Kambja_algkool, lk 112
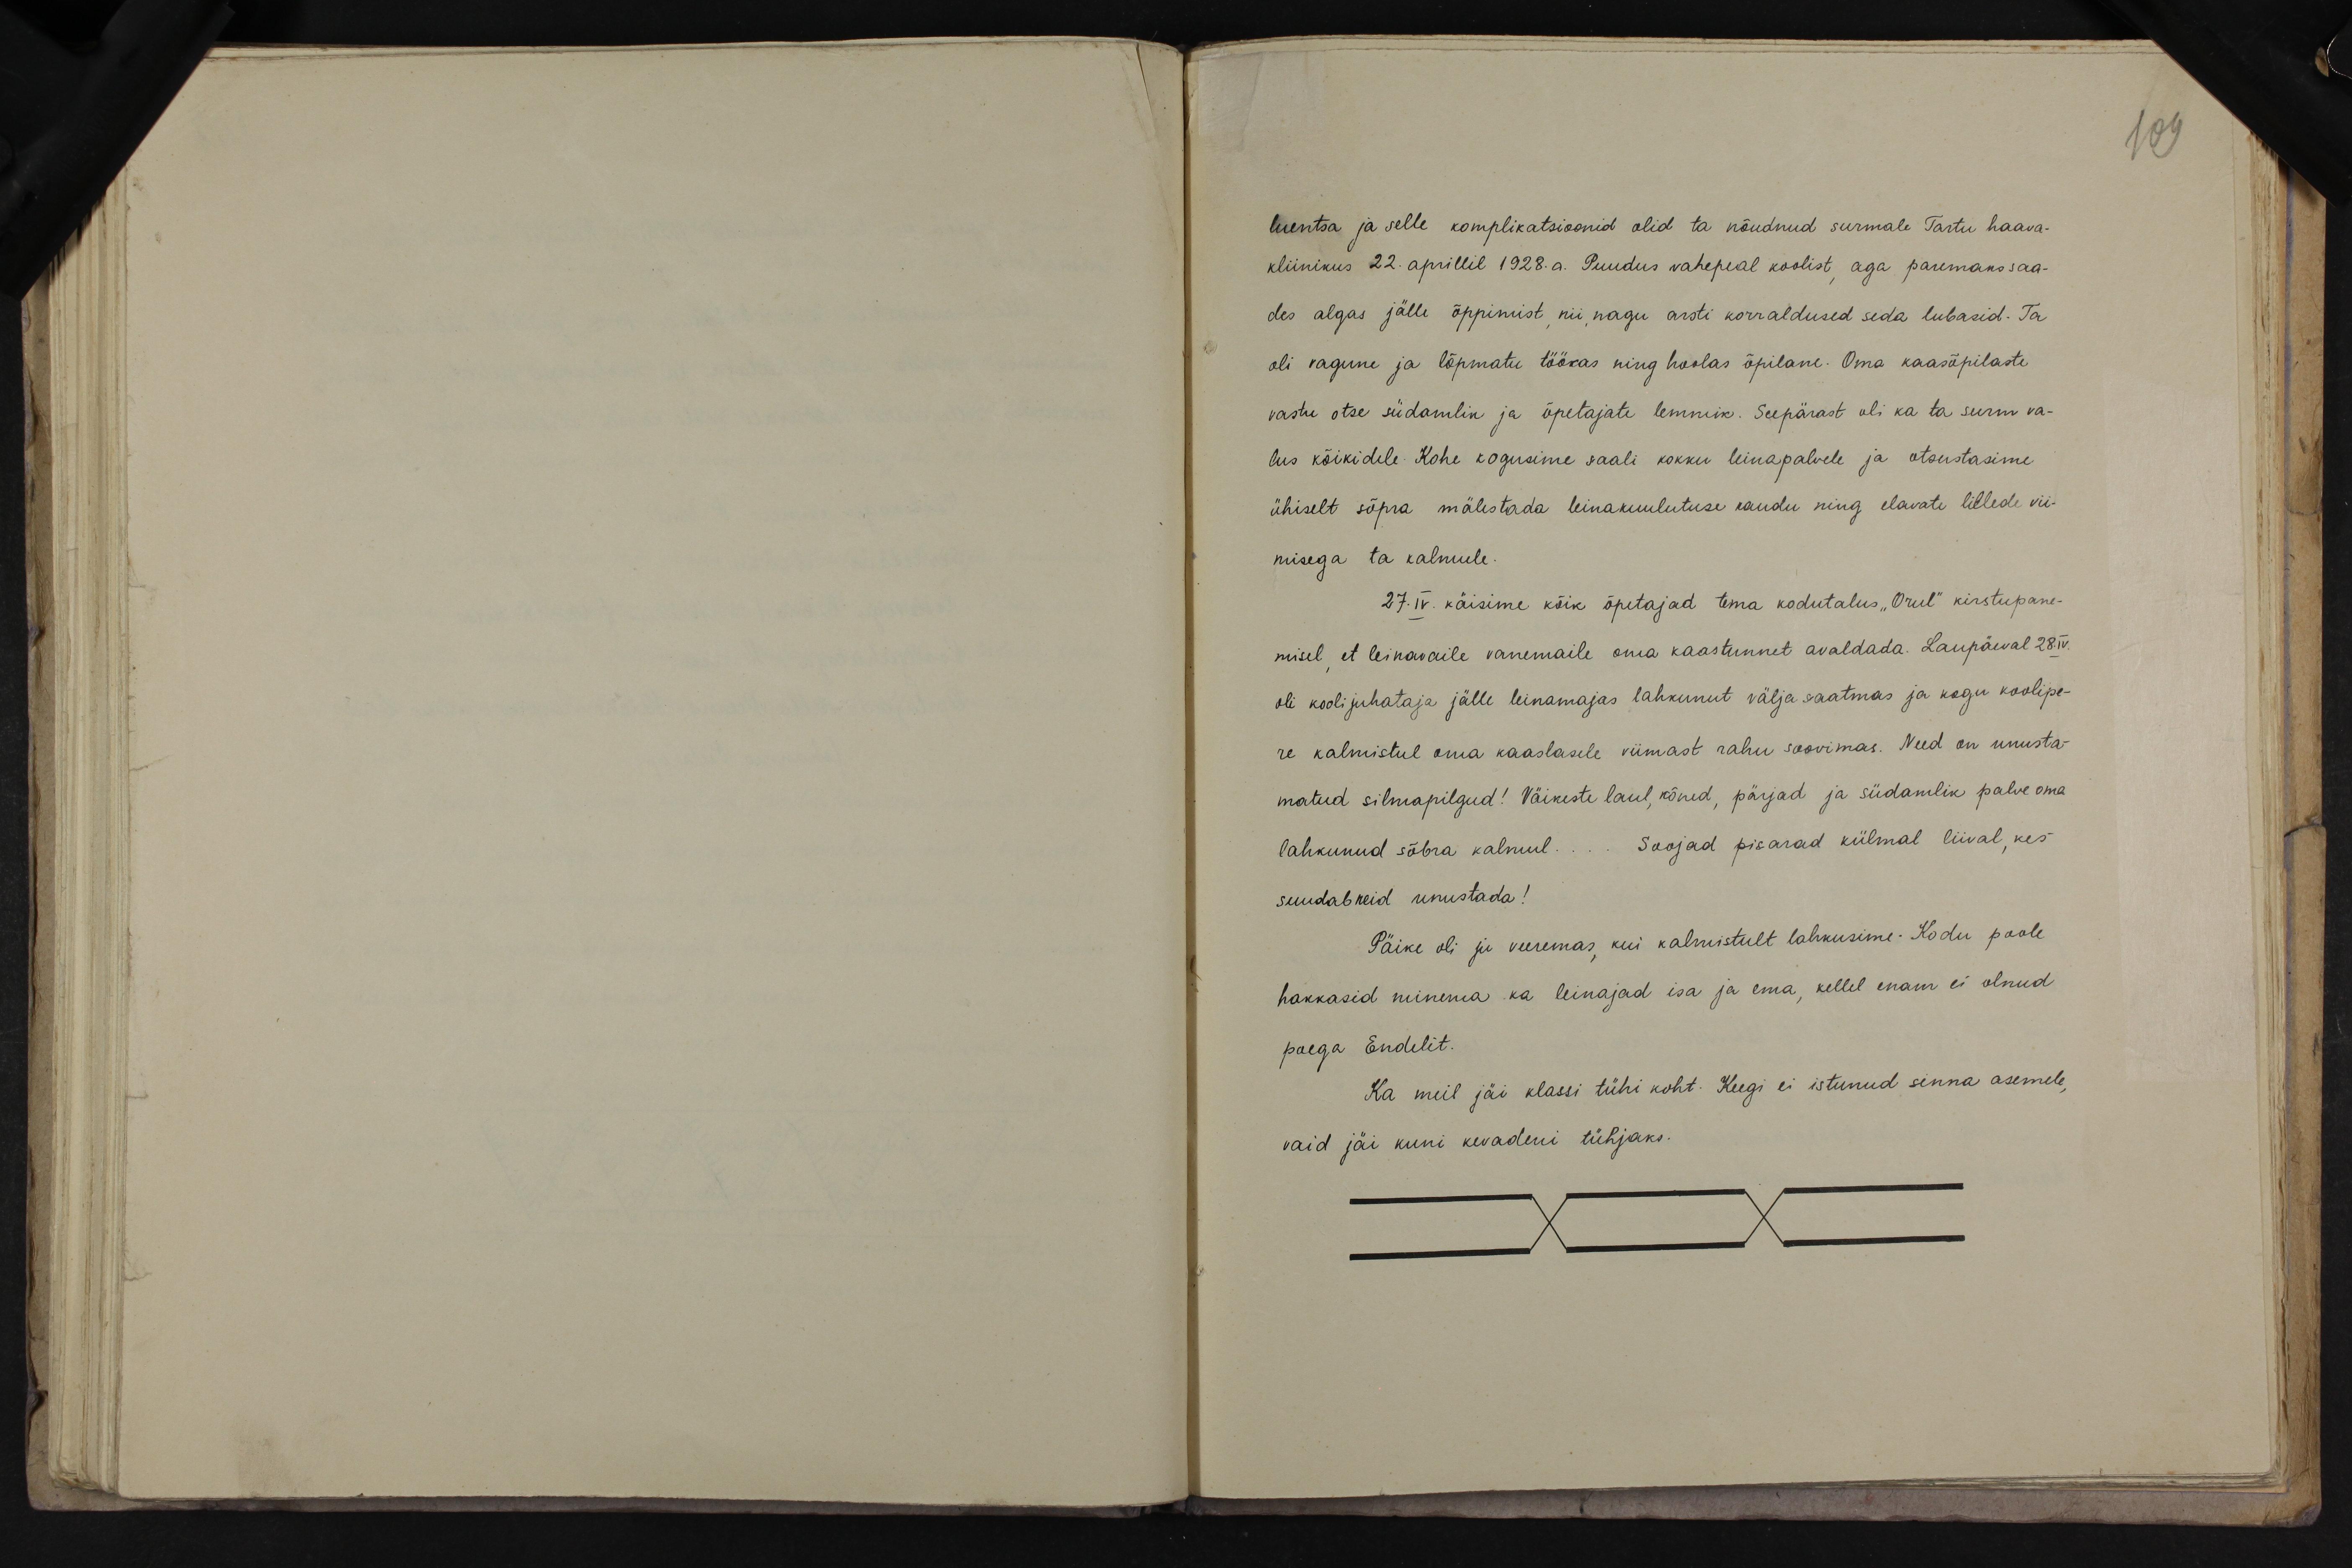
109

luentsa ja selle komplikatsioonid olid ta nõudnud surmale Tartu haava-
kliinikus 22. aprillil 1928. a. Puudus vahepeal koolist, aga paremaks saa-
des algas jälle õppimist, nii nagu arsti korraldused seda lubasid. Ta
oli vagune ja lõpmatu töökas ning hoolas õpilane. Oma kaasõpilaste
vastu otse südamlik ja õpetajate lemmik. Seepärast oli ka ta surm va-
lus kõikidele. Kohe kogusime saali kokku leinapalvele ja otsustasime
ühiselt sõpra mälestada leinakuulutuse kaudu ning elavate lillede vii-
misega ta kalmule.
27.IV. käisime kõik õpetajad tema kodutalus "Orel" kirstupane-
misel, et leinavaile vanemaile oma kaastunnet avaldada. Laupäeval 28.IV.
oli kooli juhataja jälle leinamajas lahkunut välja saatmas ja kogu koolipe-
re kalmistul oma kaaslasele viimast rahu soovimas. Need on unusta-
matud silmapilgud! Väikeste laul, kõned, pärjad ja südamlik palve oma
lahkunud sõbra kalmul... Soojad pisarad külmal liival, kes
suudab neid unustada!
Päike oli ju veeremas, kui kalmistult lahkusime. Kodu poole
hakkasid minema ka leinajad isa ja ema, kellel enam ei olnud
poega Endelit.
Ka meil jäi klassi tühi koht. Keegi ei istunud sinna asemele,
vaid jäi kuni kevadeni tühjaks.